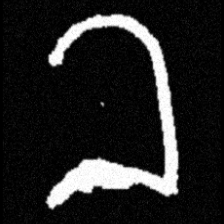
Pyu character \u2014 Myanmar letter: ခ (romanized: kha)